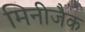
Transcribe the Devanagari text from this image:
मिनीजैक